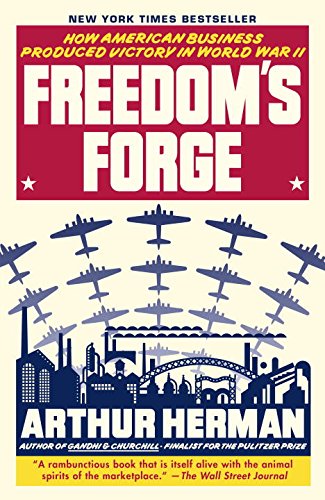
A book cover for Freedom's Forge: How American Business Produced Victory in World War II; Arthur Herman; Business & Money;